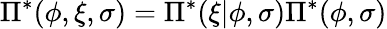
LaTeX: \Pi^{*}(\phi,\xi,\sigma)=\Pi^{*}(\xi\vert\phi,\sigma)\Pi^{*}(\phi,\sigma)